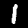
Digit: 1